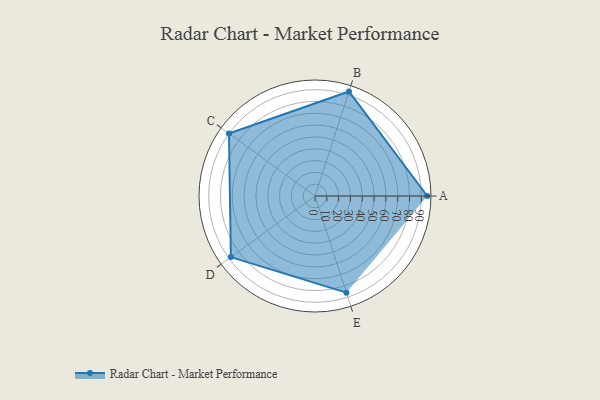
{"axis": {"x": "Skill", "y": "Score"}, "legend": ["Profile"], "data": [{"x": "A", "y": 95.0, "type": "Profile"}, {"x": "B", "y": 93.0, "type": "Profile"}, {"x": "C", "y": 90.0, "type": "Profile"}, {"x": "D", "y": 88.0, "type": "Profile"}, {"x": "E", "y": 86.0, "type": "Profile"}]}